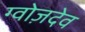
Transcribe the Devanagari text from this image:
ग्वोज़देव